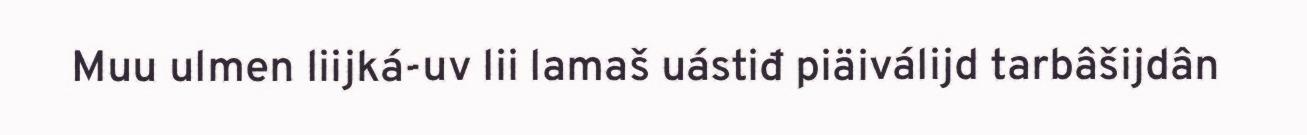
Muu ulmen liijká-uv lii lamaš uástiđ piäiválijd tarbâšijdân